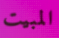
المبيت